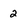
Character: 2